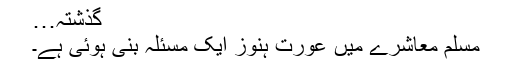
گذشتہ…
مسلم معاشرے میں عورت ہنوز ایک مسئلہ بنی ہوئی ہے۔